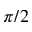
\pi / 2